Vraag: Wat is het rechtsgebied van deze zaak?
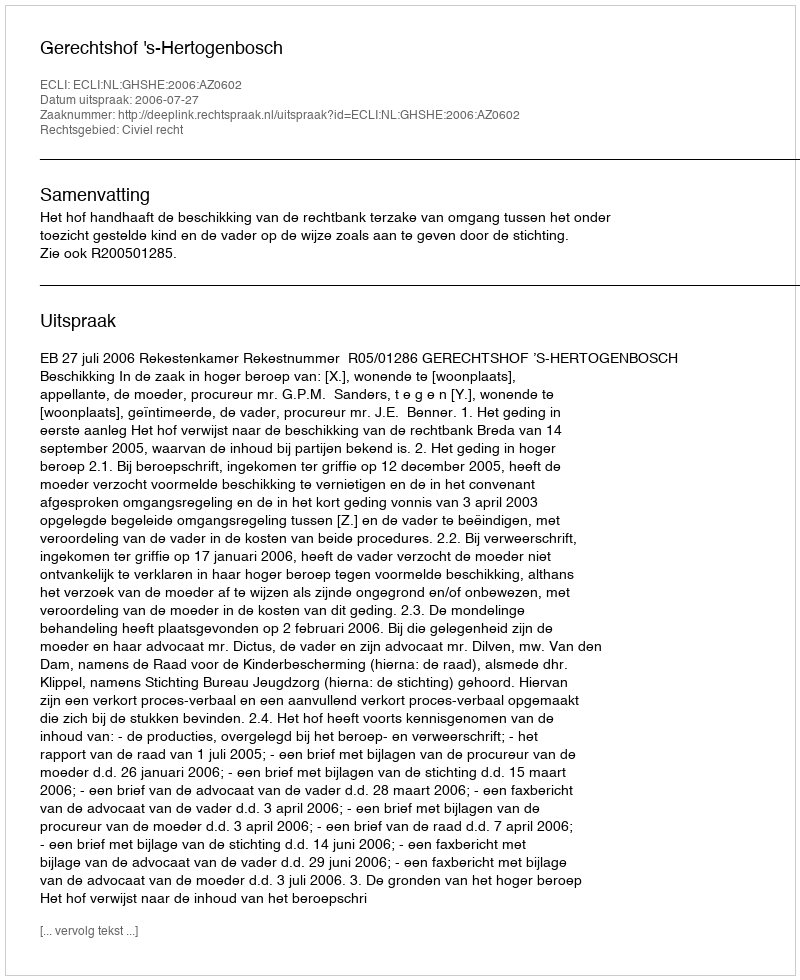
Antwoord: Civiel recht